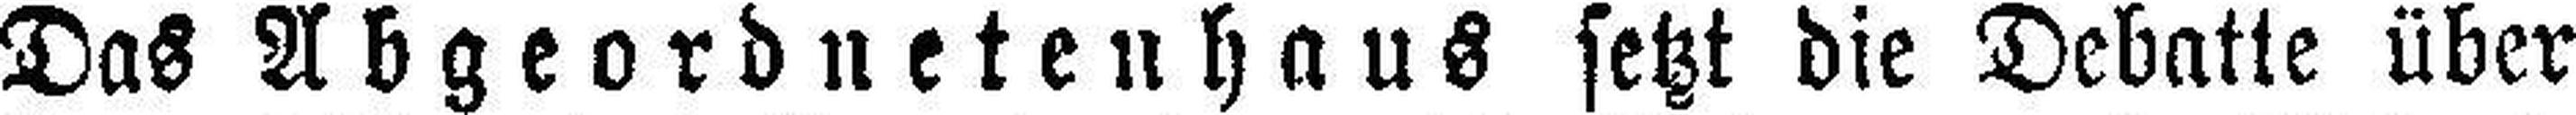
Das Abgeordnetenhaus setzt die Debatte über